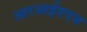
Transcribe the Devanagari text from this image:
आरआईएएस